Report on horse surra - Volume II, Part II
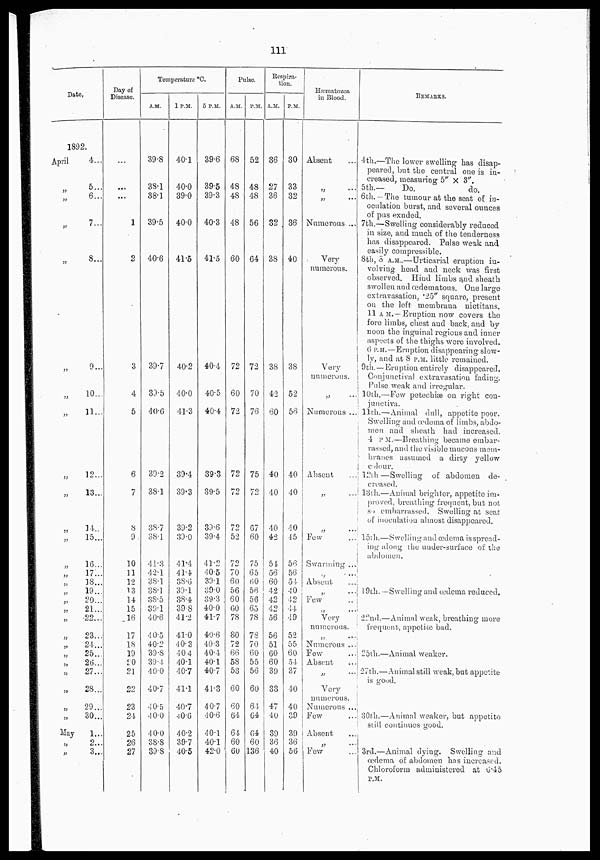
111
Date.
1892
April
„
„
„
„
„
„
„
„
„
„
„
„
„
„
„
„
„
„
„
„
„
„
„
„
„
„
May
„
„
4...
5...
6...
7...
8...
9...
10...
11...
12...
13...
14...
15...
16...
17...
18...
19...
20...
21...
22...
23...
24...
25...
26...
27...
28...
29...
30...
1...
2...
3...
Day of
Disease.
...
...
...
...
1
2
3
4
5
6
7
8
9
10
11
12
13
14
15
16
17
18
19
20
21
22
23
24
25
26
27
Temperature °C.
A.M.
39.8
38.1
38.1
39.5
40.6
39.7
39.5
40.6
39.2
38.1
38.7
38.1
41.3
42.1
38.1
38.1
38.5
39.1
40.6
40.5
40.2
39.8
39.4
40.0
40.7
40.5
40.0
40.0
38.8
39.8
1 P.M.
40.1
40.0
39.0
40.0
41.5
40.2
40.0
41.3
39.4
39.3
39.2
39.0
41.4
41.4
38.6
39.1
38.4
39.8
41.2
41.0
40.3
40.4
40.1
40.7
41.1
40.7
40.6
40.2
39.7
40.5
5 P.M.
39.6
39.5
39.3
40.3
41.5
40.4
40.5
40.4
39.3
39.5
39.6
39.4
41.2
40.5
39.1
39.0
39.3
40.0
41.7
40.6
40.3
40.4
40.1
40.7
41.3
40.7
40.6
40.1
40.1
42.0
Pulse.
A.M.
68
48
48
48
60
72
60
72
72
72
72
52
72
70
60
56
60
60
78
80
72
66
58
53
60
60
64
64
60
60
P.M.
52
48
48
56
64
72
70
76
75
72
67
60
75
65
60
56
56
65
78
78
70
60
55
56
60
64
64
64
60
136
Respira-
tion.
A.M.
36
27
36
32
38
38
42
60
40
40
40
42
54
56
60
42
42
42
56
56
51
60
60
39
33
47
40
39
36
40
P.M.
30
33
32
36
40
38
52
56
40
40
40
45
56
56
54
40 42
44
49
52
55
60
54
37
40
40
39
39
36
56
Hæmatnzoa
in Blood.
Absent ...
„ ...
„ ...
Numerous ...
Very
numerous.
Very
numerous.
„ ...
Numerous ..
Absent
„ ...
„ ...
Few
Swarming ...
Absent ...
„ ...
Few
„
...
Very
numerous.
„ ...
Numerous ...
Few ...
Absent ...
„ ...
Very
numerous.
Numerous ...
Few ...
Absent ...
„ ...
Few
REMARKS.
4th.—The lower swelling- has disap-
peared, but the central one is in-
creased, measuring 5" × 3".
5th.—
Do.
do.
6th.— The tumour at the seat of in-
oculation burst, and several ounces
of pus exuded.
7th.—Swelling considerably reduced
in size, and much of the tenderness
has disappeared. Pulse weak and
easily compressible.
8th, 8 A.M..—Urticarial eruption in-
volving head and neck was first
observed. Hind limbs and sheath
swollen and œdematons. One large
extravasation, .25" square, present
on the left membrana nictitans.
11 A.M.— Eruption now covers the
fore limbs, chest and back, and by
noon the inguinal regions and inner
aspects of the thighs were involved.
6 P.M.—Ernption disappearing slow-
ly, and at 8 P.M. little remained.
9th. — Eruption entirely disappeared.
Conjunctival extravasation fading.
Pulse weak and irregular.
10th.—Few petechiæ on right con-
junctiva.
11th.—Animal dull, appetite poor.
Swelling and œdema of limbs, abdo-
men and sheath had increased.
4 P.M.—Breathing became embar-
rassed, and the visible mucous mem-
branes assumed a dirty yellow
colour.
12th —Swelling of abdomen de-
creased.
13th.—Animal brighter, appetite im-
proved, breathing frequent, but not
so embarrassed. Swelling at seat
of inoculation almost disappeared.
15th.—Swelling and œdema is spread-
ing along the under-surface of the
abdomen.
19th. — Swelling and œdema reduced.
22nd.—Animal weak, breathing more
frequent, appetice bad.
25th.—Animal weaker.
27th.—Animal still weak, but appetite
is good.
30th.—Animal weaker, but appetite
still continues good.
3rd.—Animal dying. Swelling and
œdema of abdomen has increased.
Chloroform administered at 6.45
P.M.